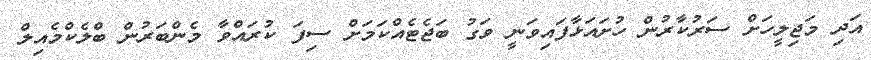
އަދި މަޖިލީހަށް ސަރުކާރުން ހުށައަޅާފައިވަނީ ވަގު ބަޖެޓެއްކަމަށް ސިފަ ކުރައްވާ މެންބަރުން ބްލެކްމެއިލް